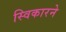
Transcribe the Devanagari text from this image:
स्विकारने